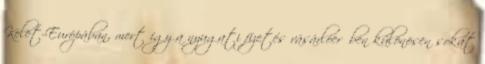
Kelet-Európában, mert így a nyugati fizetés vásárlóerőben különösen sokat